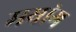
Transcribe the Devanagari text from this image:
मयांग